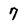
Character: 7